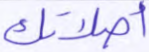
أصلاتك